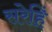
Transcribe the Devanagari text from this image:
सरेहिं